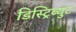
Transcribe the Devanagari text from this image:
डिस्ट्रिब्युट